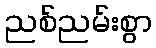
ညစ်ညမ်းစွာ